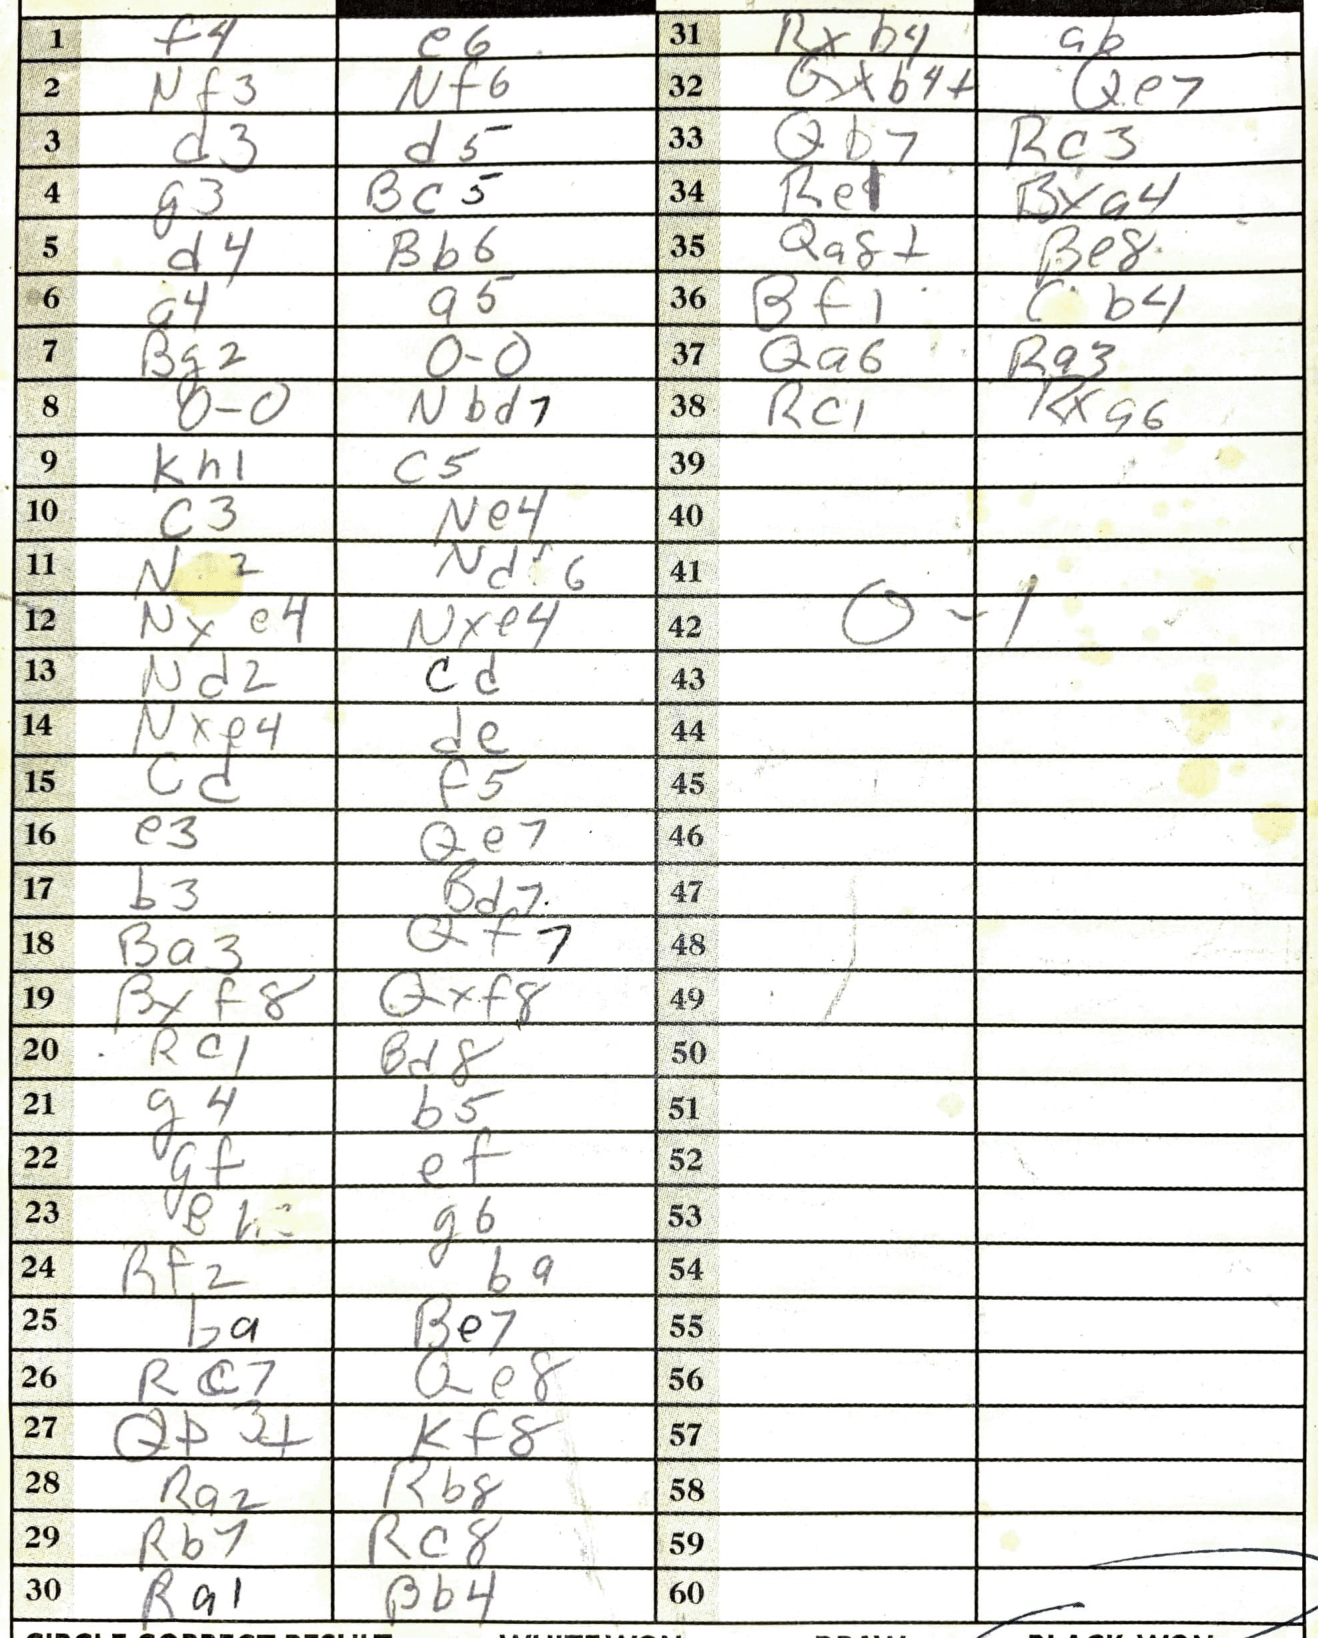
Moves: f4 e6 Nf3 Nf6 d3 d5 g3 Bc5 d4 Bb6 a4 a5 Bg2 O-O O-O Nbd7 Kh1 c5 c3 Ne4 Nd6 Nxe4 Nxe4 Nd2 cd Nxe4 de cd f5 e3 Qe7 b3 Bd7 Ba3 Qf7 Bxf8 Qxf8 Rc1 Bd8 g4 b5 gf ef Bh3 g6 Rf2 ba ba Be7 Rc7 Qe8 Qb3+ Kf8 Ra2 Rb8 Rb7 Rc8 Ra1 Bb4 Rxb4 a6 Qxb4+ Qe7 Qb7 Rc3 Re1 Bxa4 Qa8+ Be8 Bf1 b4 Qa6 Ra3 Rc1 Rxa6